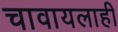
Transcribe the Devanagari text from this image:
चावायलाही